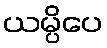
ယမ္ပိပေ